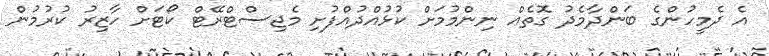
އެ ދެމީހުންގެ ބަންދާމެދު ގޮތެއް ނިންމުމަށް ކުޅުއްދުއްފުށި މެޖިސްޓްރޭޓް ކޯޓަށް ހާޒިރު ކުރުމުން